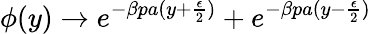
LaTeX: \phi(y)\to e^{-\beta pa(y+\frac{\epsilon}{2})}+e^{-\beta pa(y-\frac{\epsilon}{2})}